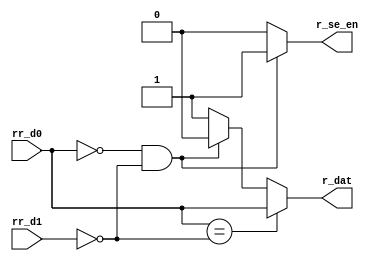
module phy_rx_d2s(
    input      rr_d0  ,
    input      rr_d1  ,

    output reg r_dat  ,
    output reg r_se_en
);

always@(*) begin
if(rr_d0 == ~rr_d1)
    r_dat = rr_d0;
else if(~rr_d0 && ~rr_d1)
    r_dat = 1'b0;
else
    r_dat = 1'b1 ;    
end

always@(*) begin
if(~rr_d0 && ~rr_d1)
    r_se_en = 1'b1;
else
    r_se_en = 1'b0;     
end

endmodule